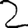
Digit: 2